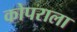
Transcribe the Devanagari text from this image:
कोपराला